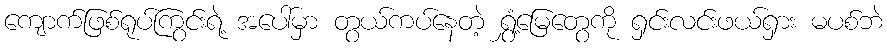
ကျောက်ဖြစ်ရုပ်ကြွင်းရဲ့ အပေါ်မှာ တွယ်ကပ်နေတဲ့ ရွှံ့မြေတွေကို ရှင်းလင်းဖယ်ရှား မပစ်ဘဲ